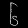
Digit: ၆